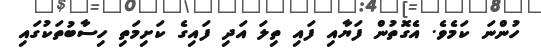
ހުންނަ ކަމެވެ. އެގޮތުން ފަޔާއި ފައި ތިލަ އަދި ފައިގެ ކަށިމަތި ހިސާބުތަކުގައި